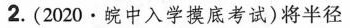
2.(2020\cdot 皖中入学摸底考试)将半径